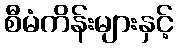
စီမံကိန်းများနှင့်